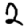
Digit: 2